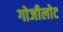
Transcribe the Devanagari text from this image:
गोजीलोट